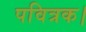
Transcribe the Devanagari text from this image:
पवित्रक।